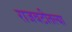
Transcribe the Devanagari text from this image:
राजवटीतल्या